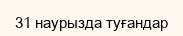
31 наурызда туғандар